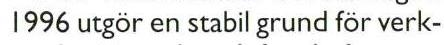
1996 utgör en stabil grund för verk-